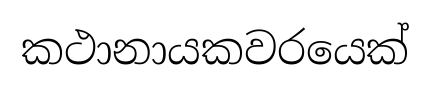
කථානායකවරයෙක්